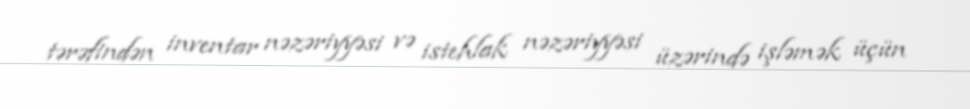
tərəfindən inventar nəzəriyyəsi və istehlak nəzəriyyəsi üzərində işləmək üçün